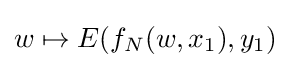
w\mapsto E(f_{N}(w,x_{1}),y_{1})